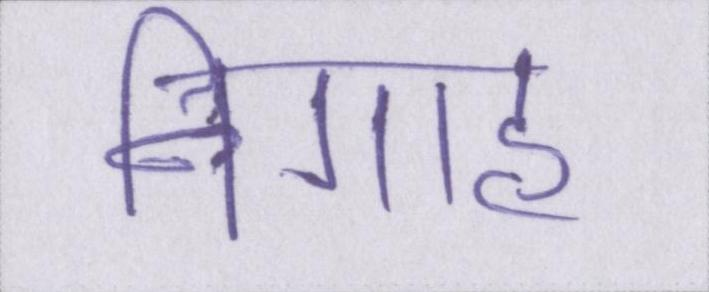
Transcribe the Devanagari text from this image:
निगाह